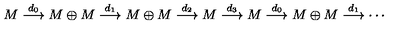
M \stackrel { d _ { 0 } } { \longrightarrow } M \oplus M \stackrel { d _ { 1 } } { \longrightarrow } M \oplus M \stackrel { d _ { 2 } } { \longrightarrow } M \stackrel { d _ { 3 } } { \longrightarrow } M \stackrel { d _ { 0 } } { \longrightarrow } M \oplus M \stackrel { d _ { 1 } } { \longrightarrow } \cdots